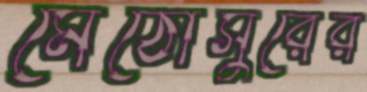
মেঠোসুরের